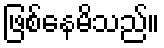
ဖြစ်နေမိသည်။